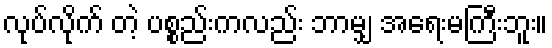
လုပ်လိုက် တဲ့ ပစ္စည်းကလည်း ဘာမျှ အရေးမကြီးဘူး။